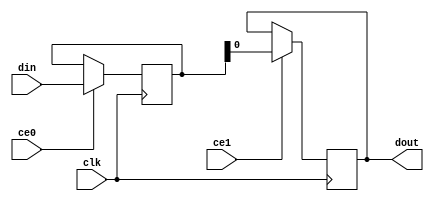
module oh_iddr #(parameter DW      = 1 // width of data inputs
		 )
   (
    input 		clk, // clock
    input 		ce0, // 1st cycle enable
    input 		ce1, // 2nd cycle enable
    input [DW/2-1:0] 	din, // data input sampled on both edges of clock
    output reg [DW-1:0] dout // iddr aligned
    );
   
   //regs("sl"=stable low, "sh"=stable high)
   reg [DW/2-1:0]     din_sl;
   reg [DW/2-1:0]     din_sh;
   reg 		      ce0_negedge;
   
   //########################
   // Pipeline valid for negedge
   //########################
   always @ (negedge clk)
     ce0_negedge <= ce0;

   //########################
   // Dual edge sampling
   //########################

   always @ (posedge clk)
     if(ce0)
       din_sl[DW/2-1:0] <= din[DW/2-1:0];
   always @ (negedge clk)
     if(ce0_negedge)
       din_sh[DW/2-1:0] <= din[DW/2-1:0];

   //########################
   // Aign pipeline
   //########################
   always @ (posedge clk)
     if(ce1)
       dout[DW-1:0] <= {din_sh[DW/2-1:0],
			din_sl[DW/2-1:0]};
            
endmodule